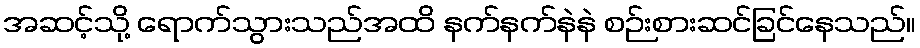
အဆင့်သို့ ရောက်သွားသည်အထိ နက်နက်နဲနဲ စဉ်းစားဆင်ခြင်နေသည်။